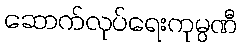
ဆောက်လုပ်ရေးကုမ္ပဏီ